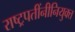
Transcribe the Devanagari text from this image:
राष्ट्रपतींनीनियुक्त